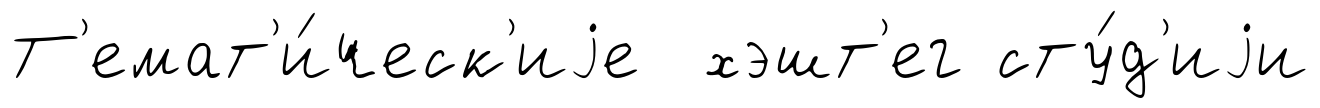
Т'емат'и́ческ'иjе хэшт'ег сту́д'иjи